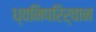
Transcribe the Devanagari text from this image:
ध्वनिपरिर्वान